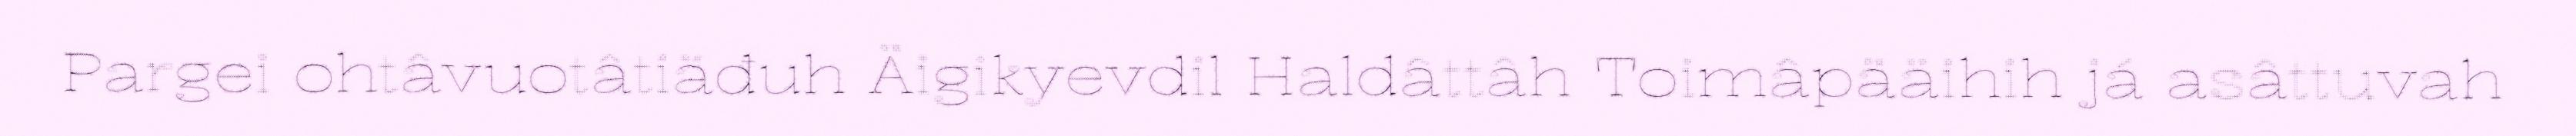
Pargei ohtâvuotâtiäđuh Äigikyevdil Haldâttâh Toimâpääihih já asâttuvah